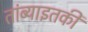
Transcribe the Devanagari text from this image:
तांब्याइतकी